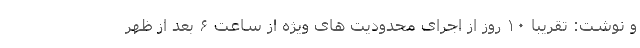
و نوشت: تقریبا ۱۰ روز از اجرای محدودیت های ویژه از ساعت ۶ بعد از ظهر